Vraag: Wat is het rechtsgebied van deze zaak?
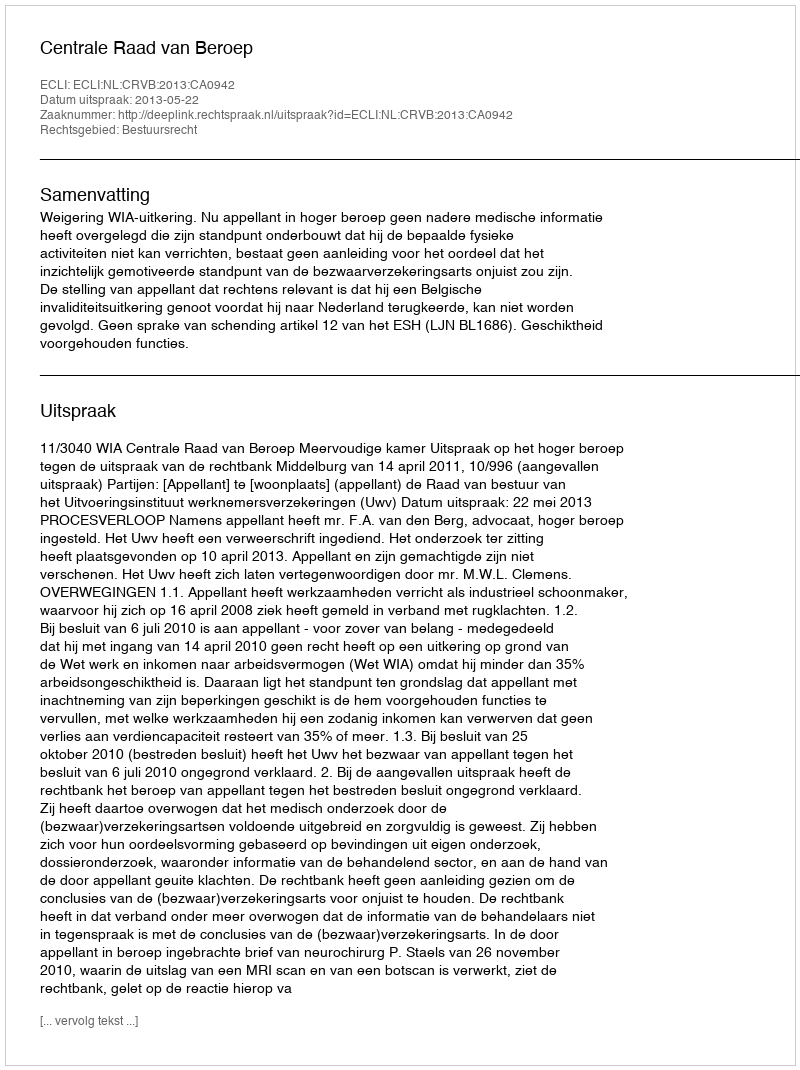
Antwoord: Bestuursrecht